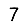
Digit: 7